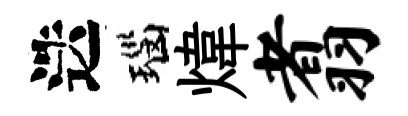
迭瑙煒翥